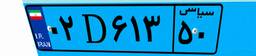
۰۶D۵۳۷۷۹